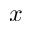
x